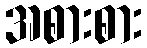
အစားစား